Indian journal of veterinary science and animal husbandry - Volume 1,
Year: 1931
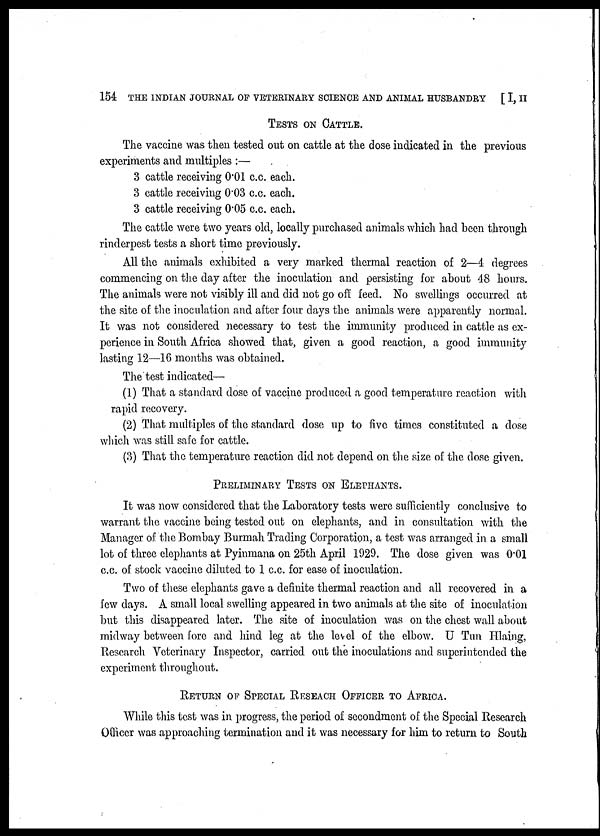
154 THE INDIAN JOURNAL OF VETERINARY SCIENCE AND ANIMAL HUSBANDRY [ I, II
TESTS ON CATTLE.
The vaccine was then tested out on cattle at the dose indicated in the previous
experiments and multiples :—
3 cattle receiving 0.01 c.c. each.
3 cattle receiving 0.03 c.c. each.
3 cattle receiving 0.05 c.c. each.
The cattle were two years old, locally purchased animals which had been through
rinderpest tests a short time previously.
All the animals exhibited a very marked thermal reaction of 2—4 degrees
commencing on the day after the inoculation and persisting for about 48 hours.
The animals were not visibly ill and did not go off feed. No swellings occurred at
the site of the inoculation and after four days the animals were apparently normal.
It was not considered necessary to test the immunity produced in cattle as ex-
perience in South Africa showed that, given a good reaction, a good immunity
lasting 12—16 months was obtained.
The test indicated—
(1) That a standard dose of vaccine produced a good temperature reaction with
rapid recovery.
(2) That multiples of the standard dose up to five times constituted a dose
which was still safe for cattle.
(3) That the temperature reaction did not depend on the size of the dose given.
PRELIMINARY TESTS ON ELEPHANTS.
It was now considered that the Laboratory tests were sufficiently conclusive to
warrant the vaccine being tested out on elephants, and in consultation with the
Manager of the Bombay Burmah Trading Corporation, a test was arranged in a small
lot of three elephants at Pyinmana on 25th April 1929. The dose given was 0.01
c.c. of stock vaccine diluted to 1 c.c. for ease of inoculation.
Two of these elephants gave a definite thermal reaction and all recovered in a
few days. A small local swelling appeared in two animals at the site of inoculation
but this disappeared later. The site of inoculation was on the chest wall about
midway between fore and hind leg at the level of the elbow. U Tun Hlaing,
Research Veterinary Inspector, carried out the inoculations and superintended the
experiment throughout.
RETURN OF SPECIAL RESEACH OFFICER TO AFRICA.
While this test was in progress, the period of secondment of the Special Research
Officer was approaching termination and it was necessary for him to return to South